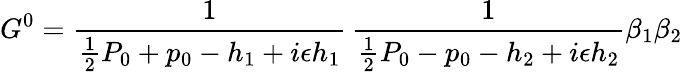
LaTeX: G^{0}={\frac{1}{{\frac{1}{2}}P_{0}+p_{0}-h_{1}+i\epsilon h_{1}}}\, {\frac{1}{{\frac{1}{2}}P_{0}-p_{0}-h_{2}+i\epsilon h_{2}}}\beta_{1}\beta_{2}